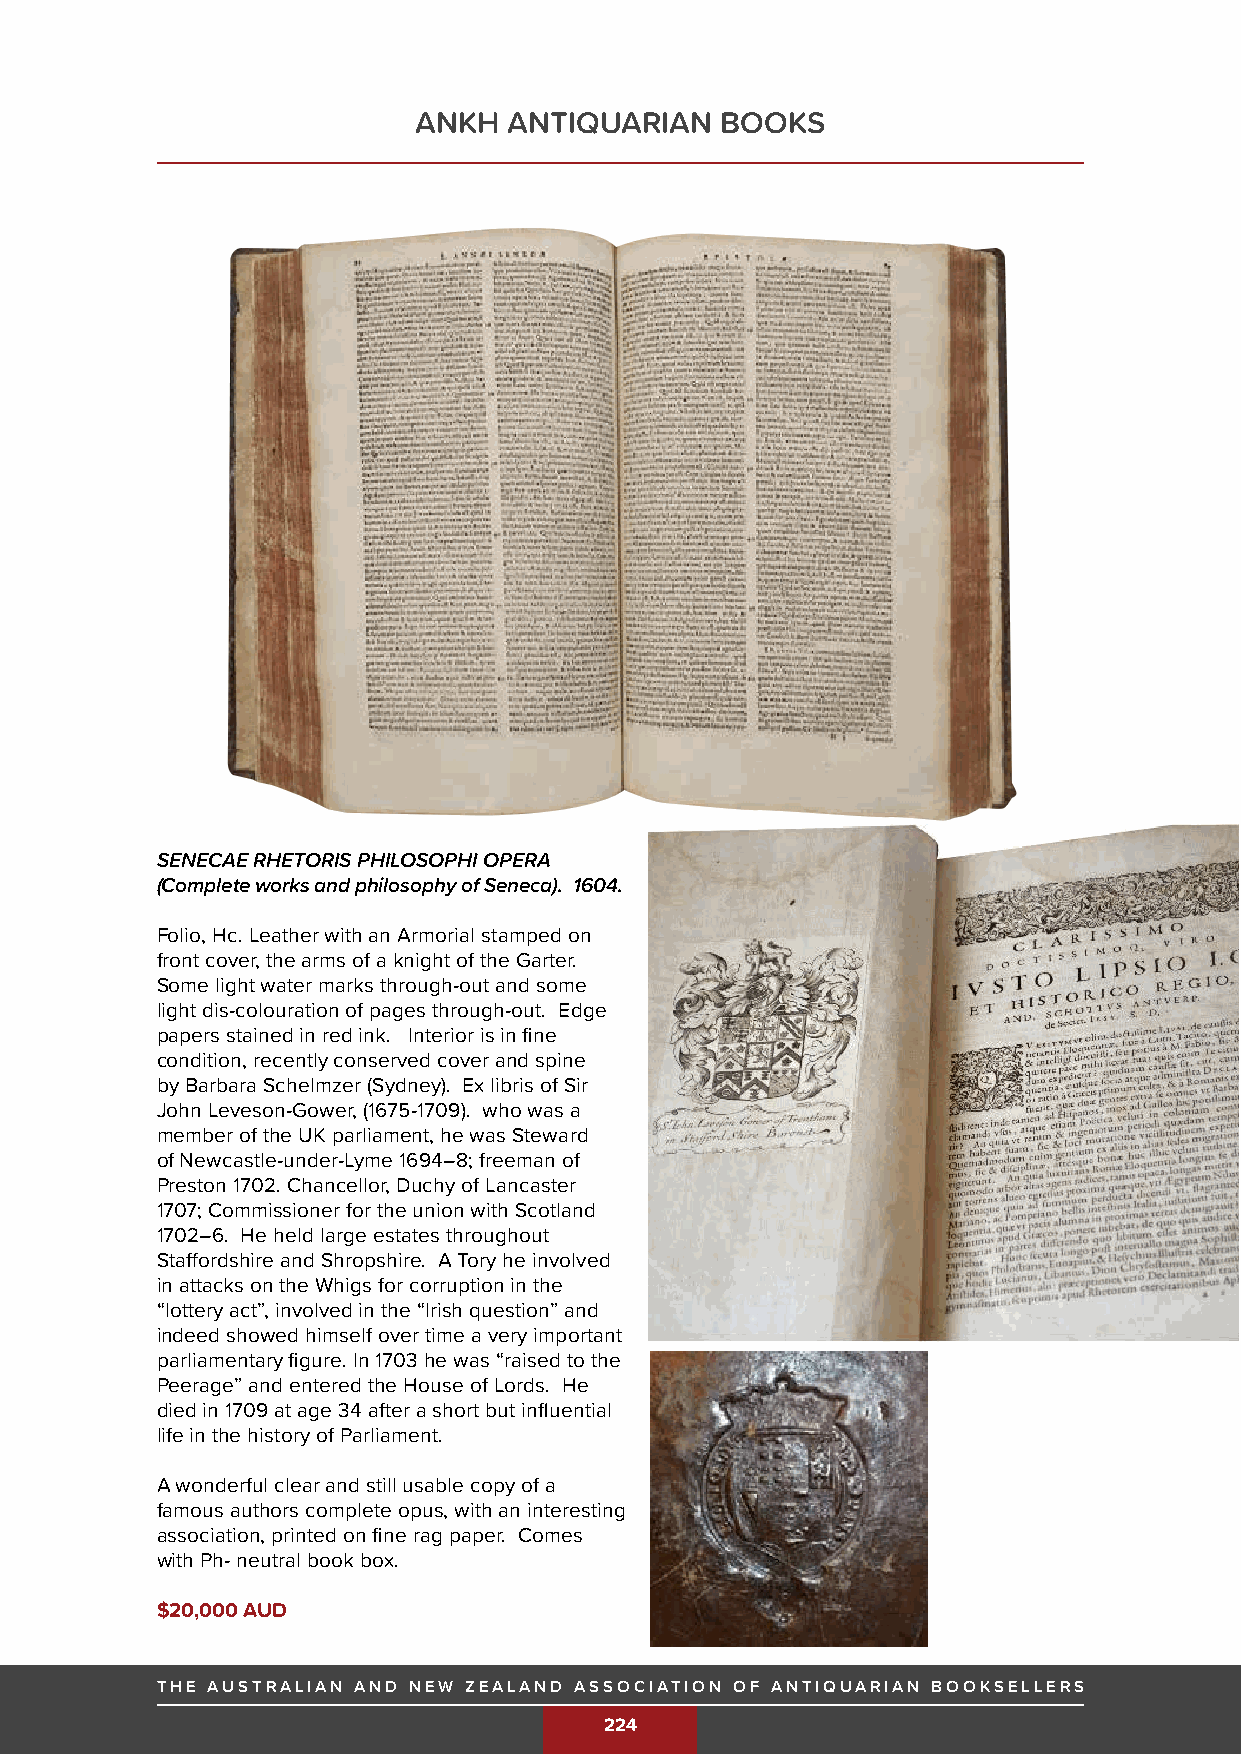
ANKH   ANTIQUARIAN   BOOKS
 SENECAE RHETORIS PHILOSOPHI OPERA
 (Complete works and philosophy of Seneca). 1604.
 Folio, Hc. Leather with an Armorial stamped on
 front cover, the arms of a knight of the Garter.
 Some light water marks through-out and some
 light dis-colouration of pages through-out. Edge
 papers stained in red ink. Interior is in fine
 condition, recently conserved cover and spine
 by Barbara Schelmzer (Sydney). Ex libris of Sir
 John Leveson-Gower, (1675-1709). who was a
 member of the UK parliament, he was Steward
 of Newcastle-under-Lyme 1694–8; freeman of
 Preston 1702. Chancellor, Duchy of Lancaster
 1707; Commissioner for the union with Scotland
 1702–6. He held large estates throughout
 Staffordshire and Shropshire. A Tory he involved
 in attacks on the Whigs for corruption in the
 “lottery act”, involved in the “Irish question” and
 indeed showed himself over time a very important
 parliamentary figure. In 1703 he was “raised to the
 Peerage” and entered the House of Lords. He
 died in 1709 at age 34 after a short but influential
 life in the history of Parliament.
 A wonderful clear and still usable copy of a
 famous authors complete opus, with an interesting
 association, printed on fine rag paper. Comes
 with Ph- neutral book box.
 $20,000 AUD
 THE AUSTRALIAN AND NEW ZEALAND ASSOCIATION OF ANTIQUARIAN BOOKSELLERS              THE AUSTRALIAN AND NEW ZEALAND ASSOCIATION OF ANTIQUARIAN BOOKSELLERS
 THE AUSTRALIAN AND NEW ZEALAND ASSOCIATION OF ANTIQUARIAN BOOKSELLERS
 224